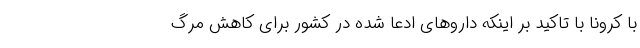
با کرونا با تاکید بر اینکه داروهای ادعا شده در کشور برای کاهش مرگ